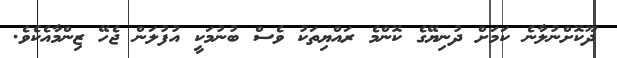
ދޫކޮށްނުލާނެ ކަމަށް ދުނިޔޭގެ ކޮންމެ ރައްޔިތަކު ވެސް ބުނުމަކީ އުފުލަން ޖެހޭ ޒިންމާއެކެވެ.